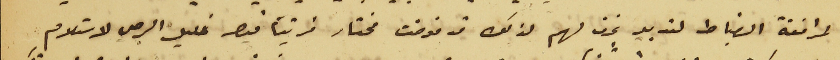
لمرافقة الضباط لتدبير غرف لهم لذلك قد فوضت مختار قريتنا قيصر خليل الرجي لاستلام